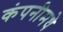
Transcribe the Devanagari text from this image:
कंपनीमधे